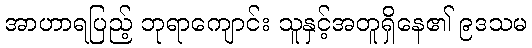
အာဟာရပြည့် ဘုရာကျောင်း သူနှင့်အတူရှိနေ၏ ၉ဒသမ